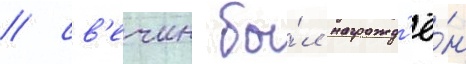
/ св'ечин бы́л награжд'ё́н